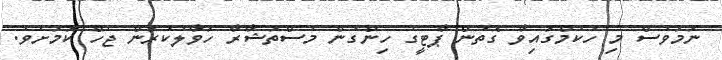
ނަމަވެސް މި ހުކުމްގައިވާ ގޮތުން ޕާޓީގެ ހިންގުން މުސްތަޝާރާ ހަވާލުކުރަން ޖެހޭ ކަމަށެވެ.